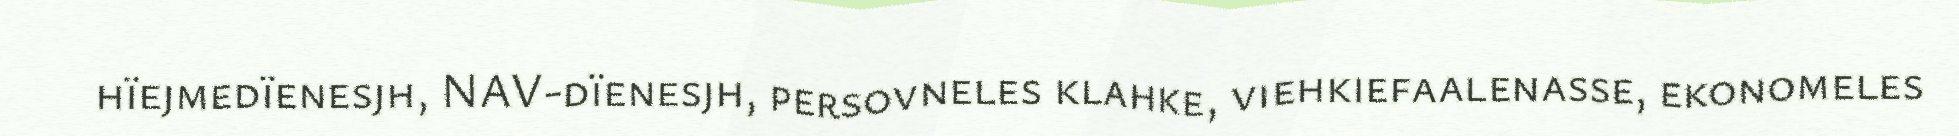
hïejmedïenesjh, NAV-dïenesjh, persovneles klahke, viehkiefaalenasse, ekonomeles